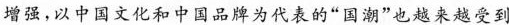
增强，以中国文化和中国品牌为代表的”国潮”也越来越受到